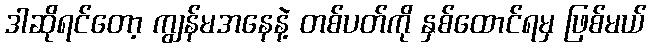
ဒါဆိုရင်တော့ ကျွန်မအနေနဲ့ တစ်ပတ်ကို နှစ်ထောင်ရမှ ဖြစ်မယ်